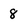
Character: 8